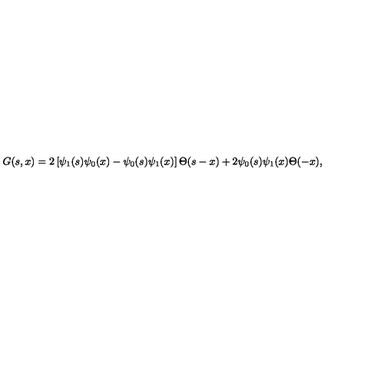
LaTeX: G ( s , x ) = 2 \left[ \psi _ { 1 } ( s ) \psi _ { 0 } ( x ) - \psi _ { 0 } ( s ) \psi _ { 1 } ( x ) \right] \Theta ( s - x ) + 2 \psi _ { 0 } ( s ) \psi _ { 1 } ( x ) \Theta ( - x ) ,